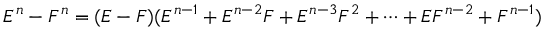
E ^ { n } - F ^ { n } = ( E - F ) ( E ^ { n - 1 } + E ^ { n - 2 } F + E ^ { n - 3 } F ^ { 2 } + \cdots + E F ^ { n - 2 } + F ^ { n - 1 } )